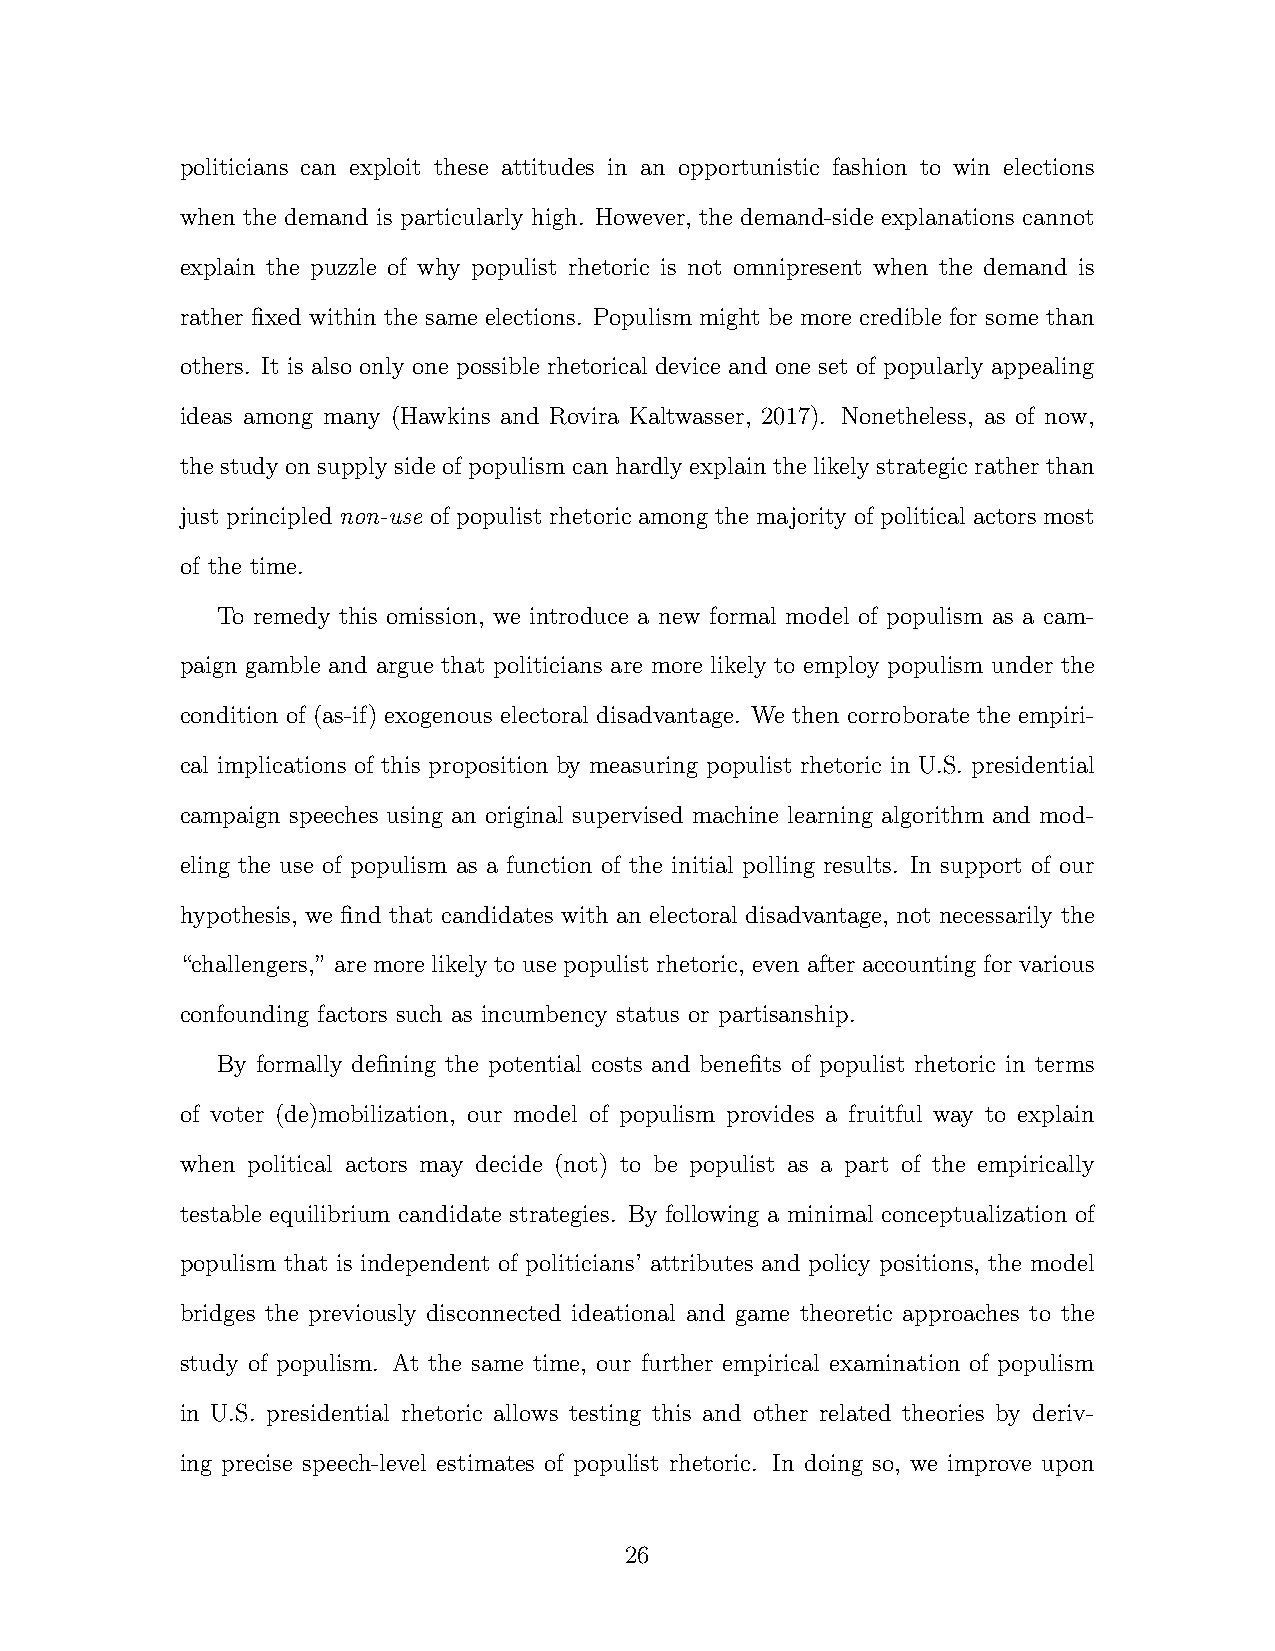
politicians can exploit these attitudes in an opportunistic fashion to win elections
 when the demand is particularly high. However, the demand-side explanations cannot
 explain the puzzle of why populist rhetoric is not omnipresent when the demand is
 rather fixed within the same elections. Populism might be more credible for some than
 others. It is also only one possible rhetorical device and one set of popularly appealing
 ideas among many (Hawkins and Rovira Kaltwasser, 2017). Nonetheless, as of now,
 the study on supply side of populism can hardly explain the likely strategic rather than
 just principled non-use of populist rhetoric among the majority of political actors most
 of the time.
 To remedy this omission, we introduce a new formal model of populism as a cam-
 paign gamble and argue that politicians are more likely to employ populism under the
 condition of (as-if) exogenous electoral disadvantage. We then corroborate the empiri-
 cal implications of this proposition by measuring populist rhetoric in U.S. presidential
 campaign speeches using an original supervised machine learning algorithm and mod-
 eling the use of populism as a function of the initial polling results. In support of our
 hypothesis, we find that candidates with an electoral disadvantage, not necessarily the
 “challengers,” are more likely to use populist rhetoric, even after accounting for various
 confounding factors such as incumbency status or partisanship.
 By formally defining the potential costs and benefits of populist rhetoric in terms
 of voter (de)mobilization, our model of populism provides a fruitful way to explain
 when political actors may decide (not) to be populist as a part of the empirically
 testable equilibrium candidate strategies. By following a minimal conceptualization of
 populism that is independent of politicians’ attributes and policy positions, the model
 bridges the previously disconnected ideational and game theoretic approaches to the
 study of populism. At the same time, our further empirical examination of populism
 in U.S. presidential rhetoric allows testing this and other related theories by deriv-
 ing precise speech-level estimates of populist rhetoric. In doing so, we improve upon
 26